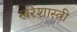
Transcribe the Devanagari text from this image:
खरेशास्त्री